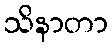
သိနာတာ